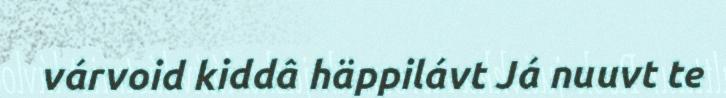
várvoid kiddâ häppilávt Já nuuvt te